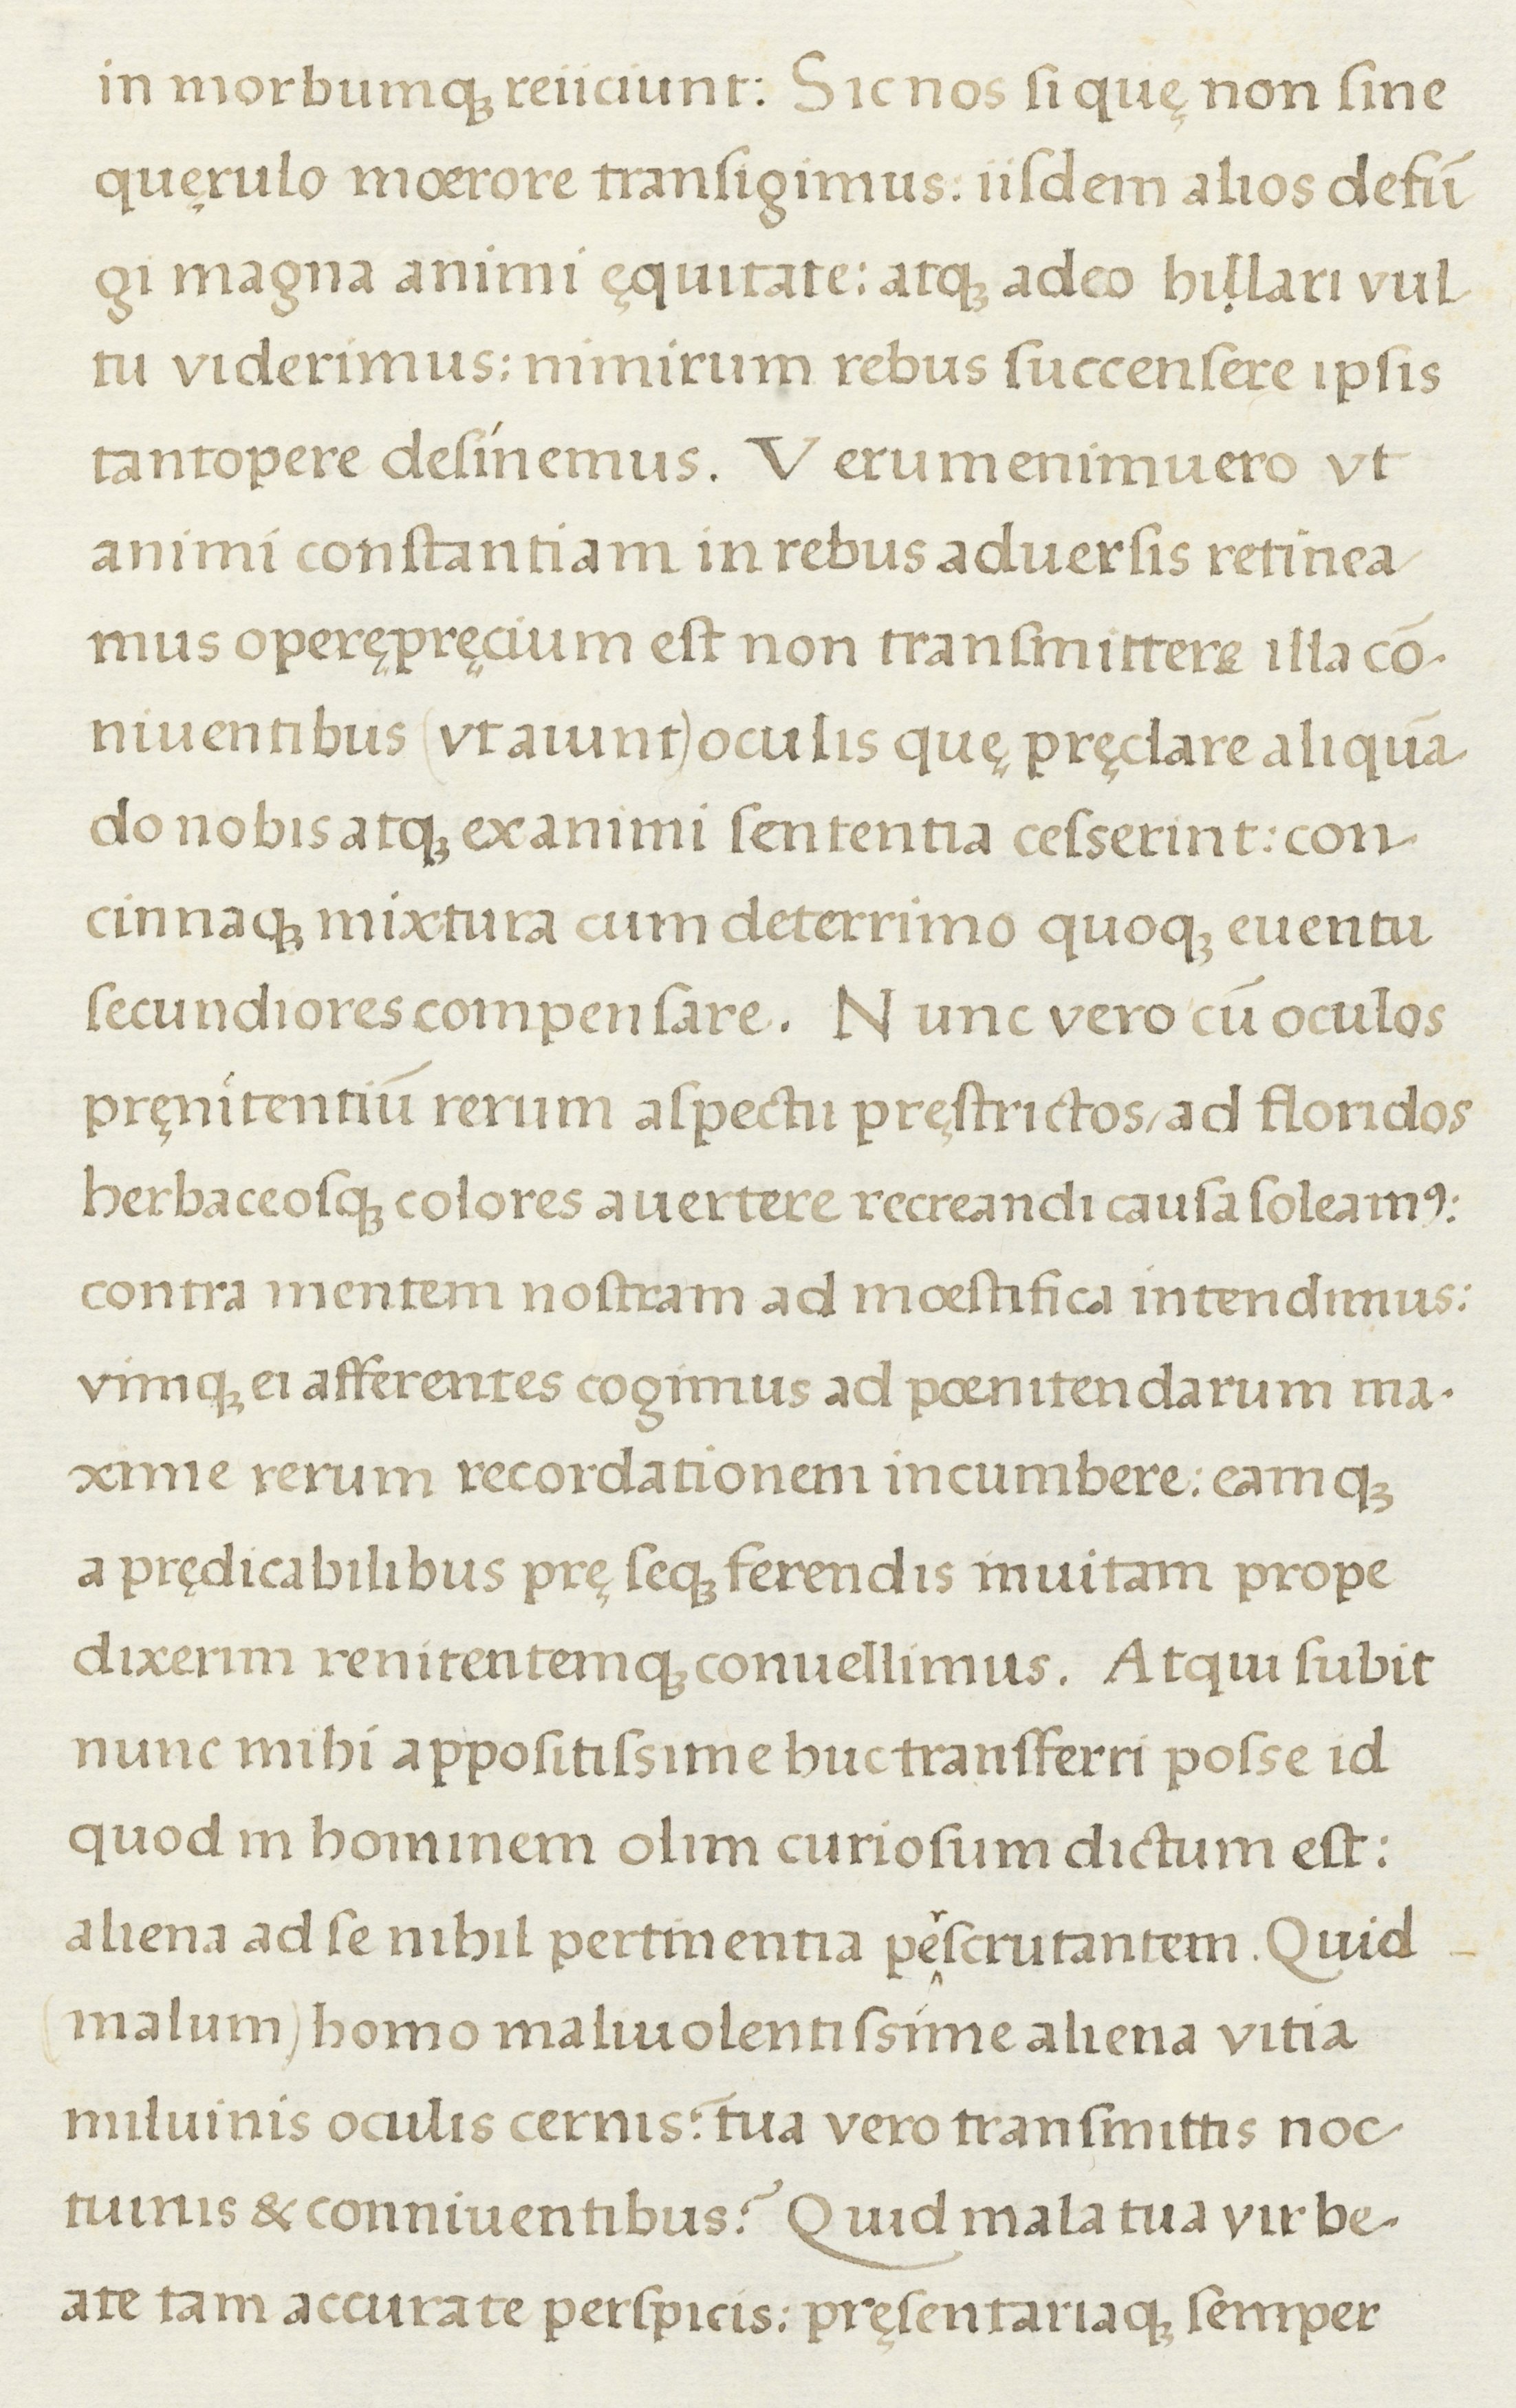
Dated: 1500–1599